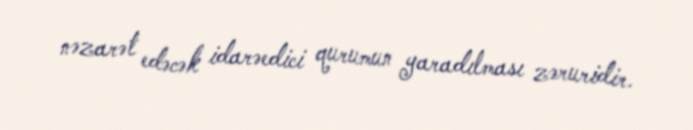
nəzarət edəcək idarəedici qurumun yaradılması zəruridir.